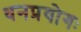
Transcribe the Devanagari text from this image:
धनप्रयोगः